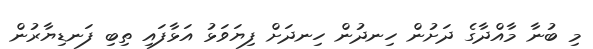
މި ބުނާ މާއްދާގެ ދަށުން ހިނދުން ހިނދަށް ފިޔަވަޅު އަޅާފައި ތިބި ފަނޑިޔާރުން